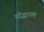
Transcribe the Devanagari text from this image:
योद्धागण